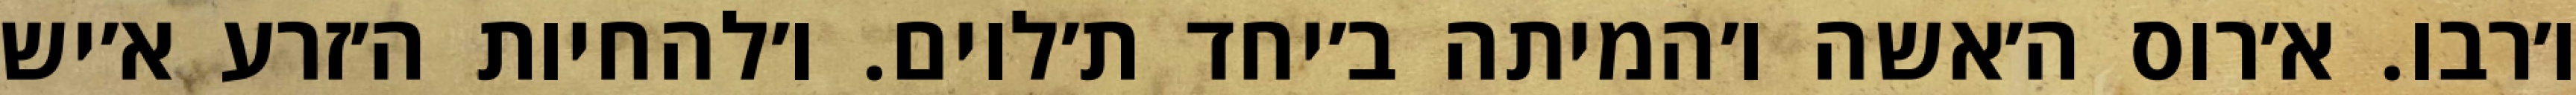
ו׳רבו. א׳רוס ה׳אשה ו׳המיתה ב׳יחד ת׳לוים. ו׳להחיות ה׳זרע א׳יש